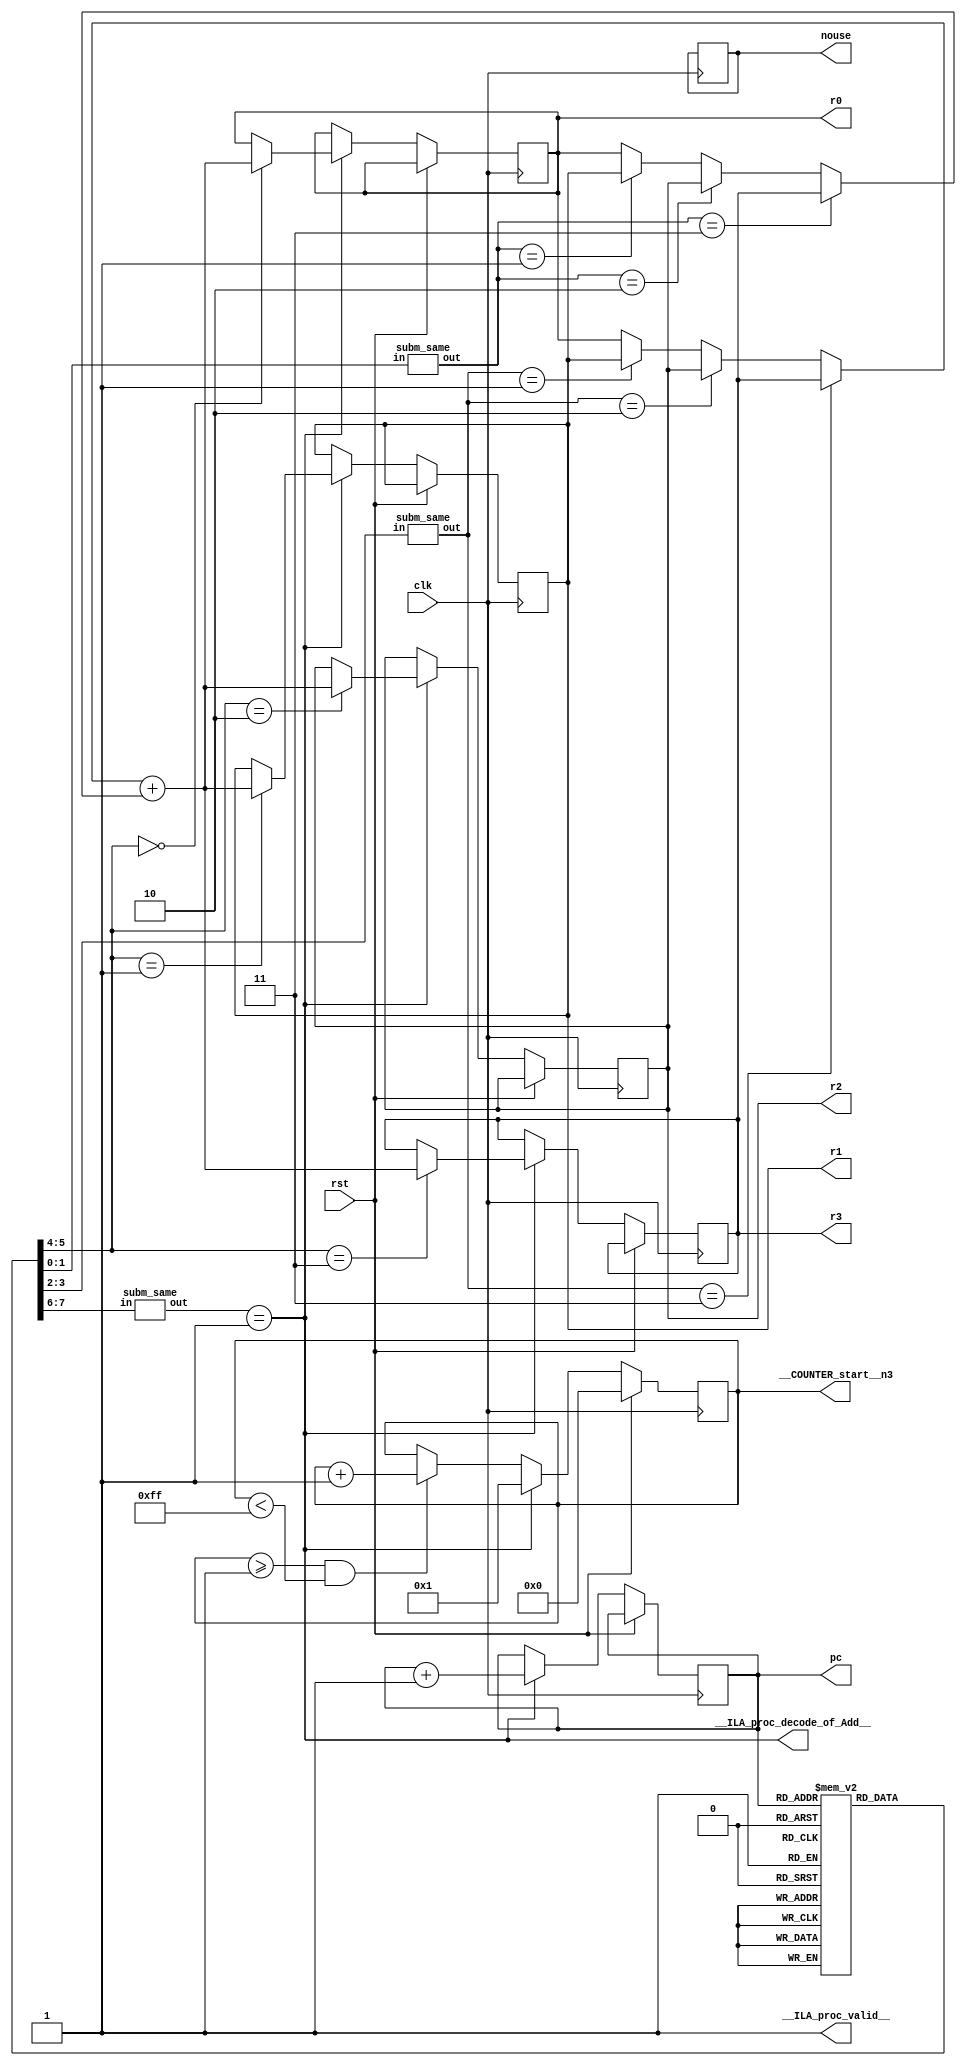
module proc__DOT__Add(
clk,
rst,
__ILA_proc_valid__,
__ILA_proc_decode_of_Add__,
pc,
r0,
r1,
r2,
r3,
nouse,
__COUNTER_start__n3
);
input            clk;
input            rst;
output            __ILA_proc_valid__;
output            __ILA_proc_decode_of_Add__;
output reg      [7:0] pc;
output reg      [7:0] r0;
output reg      [7:0] r1;
output reg      [7:0] r2;
output reg      [7:0] r3;
output reg            nouse;
output reg      [7:0] __COUNTER_start__n3;
wire            clk;
wire            rst;
wire            __ILA_proc_valid__;
wire      [7:0] n0;
wire      [1:0] n1;
wire            n2;
wire            __ILA_proc_decode_of_Add__;
wire      [7:0] n4;
wire      [1:0] n5;
wire            n6;
wire      [1:0] n7;
wire            n8;
wire            n9;
wire            n10;
wire      [7:0] n11;
wire      [7:0] n12;
wire      [7:0] n13;
wire      [1:0] n14;
wire            n15;
wire            n16;
wire            n17;
wire      [7:0] n18;
wire      [7:0] n19;
wire      [7:0] n20;
wire      [7:0] n21;
wire      [7:0] n22;
wire            n23;
wire      [7:0] n24;
wire            n25;
wire      [7:0] n26;
wire            n27;
wire      [7:0] n28;
reg      [7:0] ir[255:0];
reg      [7:0] mem[255:0];
assign __ILA_proc_valid__ = 1'b1 ;
assign n0 =  (  ir [ pc ] )  ;
//assign n1 = n0[7:6] ;
assign n2 =  ( n1 ) == ( 2'd1 )  ;
assign __ILA_proc_decode_of_Add__ = n2 ;
assign n4 =  ( pc ) + ( 8'd1 )  ;
assign n5 = n0[5:4] ;
assign n6 =  ( n5 ) == ( 2'd0 )  ;
// assign n7 = n0[3:2] ;
assign n8 =  ( n7 ) == ( 2'd3 )  ;
assign n9 =  ( n7 ) == ( 2'd2 )  ;
assign n10 =  ( n7 ) == ( 2'd1 )  ;
assign n11 =  ( n10 ) ? ( r1 ) : ( r0 ) ;
assign n12 =  ( n9 ) ? ( r2 ) : ( n11 ) ;
assign n13 =  ( n8 ) ? ( r3 ) : ( n12 ) ;

subm_same 
  subm1(
  .in(n0[1:0]) , .out (n14) ),
  subm2(
  .in(n0[3:2]) , .out (n7)  );


subm_same 
  subm4(
    .in(n0[7:6]) , .out (n1) 
    );
//assign n14 = n0[1:0] ;
assign n15 =  ( n14 ) == ( 2'd3 )  ;
assign n16 =  ( n14 ) == ( 2'd2 )  ;
assign n17 =  ( n14 ) == ( 2'd1 )  ;
assign n18 =  ( n17 ) ? ( r1 ) : ( r0 ) ;
assign n19 =  ( n16 ) ? ( r2 ) : ( n18 ) ;
assign n20 =  ( n15 ) ? ( r3 ) : ( n19 ) ;
assign n21 =  ( n13 ) + ( n20 )  ;
assign n22 =  ( n6 ) ? ( n21 ) : ( r0 ) ;
assign n23 =  ( n5 ) == ( 2'd1 )  ;
assign n24 =  ( n23 ) ? ( n21 ) : ( r1 ) ;
assign n25 =  ( n5 ) == ( 2'd2 )  ;
assign n26 =  ( n25 ) ? ( n21 ) : ( r2 ) ;
assign n27 =  ( n5 ) == ( 2'd3 )  ;
assign n28 =  ( n27 ) ? ( n21 ) : ( r3 ) ;
always @(posedge clk) begin
   if(rst) begin
       __COUNTER_start__n3 <= 0;
   end
   else if(__ILA_proc_valid__) begin
       if ( __ILA_proc_decode_of_Add__ ) begin 
           __COUNTER_start__n3 <= 1; end
       else if( (__COUNTER_start__n3 >= 1 ) && ( __COUNTER_start__n3 < 255 )) begin
           __COUNTER_start__n3 <= __COUNTER_start__n3 + 1; end
       if (__ILA_proc_decode_of_Add__) begin
           pc <= n4 ;
       end
       if (__ILA_proc_decode_of_Add__) begin
           r0 <= n22 ;
       end
       if (__ILA_proc_decode_of_Add__) begin
           r1 <= n24 ;
       end
       if (__ILA_proc_decode_of_Add__) begin
           r2 <= n26 ;
       end
       if (__ILA_proc_decode_of_Add__) begin
           r3 <= n28 ;
       end
       if (__ILA_proc_decode_of_Add__) begin
           nouse <= nouse ;
       end
   end
end
endmodule


module subm_same(
  input [1:0] in, 
  output [1:0] out);

reg a;
reg b;
assign out = in;

endmodule